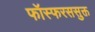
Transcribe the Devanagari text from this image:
फॉस्फरससुक्त